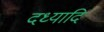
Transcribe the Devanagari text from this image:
दध्यादि